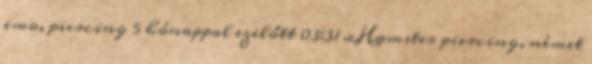
emo, piercing 5 hónappal ezelőtt 03:31 xHamster piercing, német